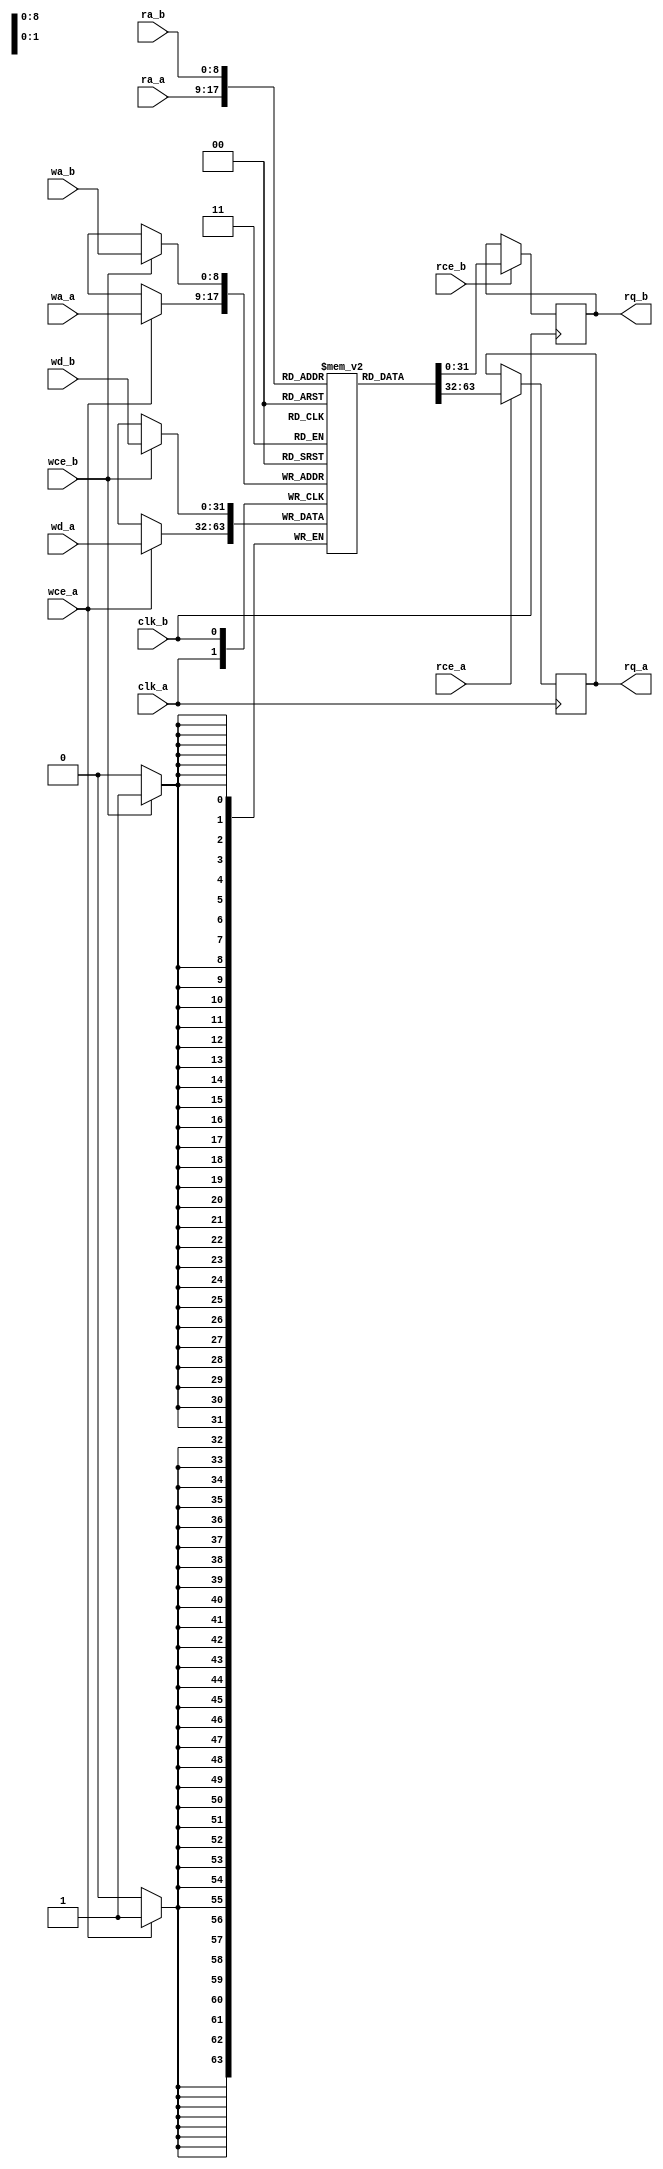
module BRAM_TDP #(parameter AWIDTH = 9,
parameter DWIDTH = 32)(
	clk_a,
	rce_a,
	ra_a,
	rq_a,
	wce_a,
	wa_a,
	wd_a,

	clk_b,
	rce_b,
	ra_b,
	rq_b,
	wce_b,
	wa_b,
	wd_b
);

	input			clk_a;
	input                   rce_a;
	input      [AWIDTH-1:0] ra_a;
	output reg [DWIDTH-1:0] rq_a;
	input                   wce_a;
	input      [AWIDTH-1:0] wa_a;
	input      [DWIDTH-1:0] wd_a;

	input			clk_b;
	input                   rce_b;
	input      [AWIDTH-1:0] ra_b;
	output reg [DWIDTH-1:0] rq_b;
	input                   wce_b;
	input      [AWIDTH-1:0] wa_b;
	input      [DWIDTH-1:0] wd_b;

	reg        [DWIDTH-1:0] memory[0:(1<<AWIDTH)-1];

	always @(posedge clk_a) begin
		if (rce_a)
			rq_a <= memory[ra_a];

		if (wce_a)
			memory[wa_a] <= wd_a;
	end

	always @(posedge clk_b) begin
		if (rce_b)
			rq_b <= memory[ra_b];

		if (wce_b)
			memory[wa_b] <= wd_b;
	end

	integer i;
	initial
	begin
		for(i = 0; i < (1<<AWIDTH)-1; i = i + 1)
			memory[i] = 0;
	end

endmodule